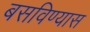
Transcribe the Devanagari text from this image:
बसविण्यास